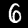
Digit: 6